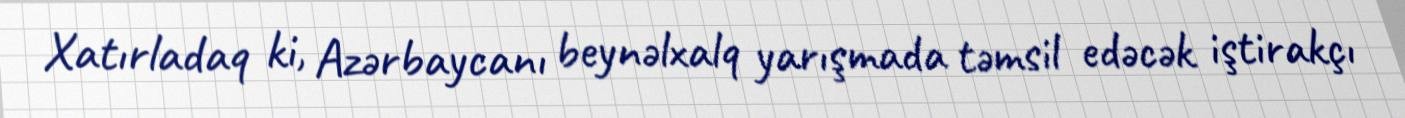
Xatırladaq ki, Azərbaycanı beynəlxalq yarışmada təmsil edəcək iştirakçı